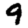
Digit: 9